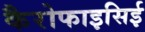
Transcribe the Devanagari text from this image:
कैरोफाइसिई